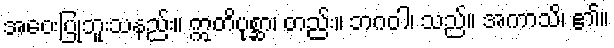
အဝေးပြုဘူးသနည်း။ ဣတိပုစ္ဆာ၊ တည်း။ ဘဂဝါ၊ သည်။ အကာသိ၊ ၏။